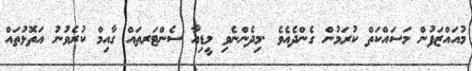
މުއައްޒަފުން މަސައްކަތް ކުރަމުން ގެންދެއެވެ .މިދެންނެވި މީޑިއާ ސެންޓަރތައް ގާއިމް ކުރެވުނު އަތޮޅުތައް